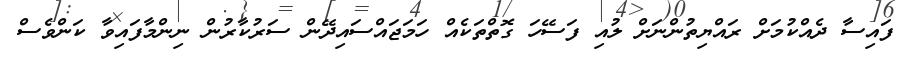
ފައިސާ ދެއްކުމަށް ރައްޔިތުންނަށް ލުއި ފަސޭހަ ގޮތްތަކެއް ހަމަޖައްސައިދޭން ސަރުކާރުން ނިންމާފައިވާ ކަންވެސް